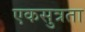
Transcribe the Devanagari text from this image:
एकसुत्रता